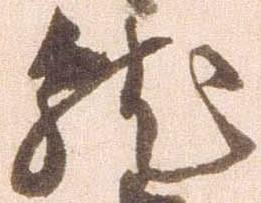
就